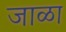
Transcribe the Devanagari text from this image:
जाळा